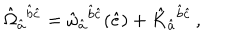
\hat { \Omega } _ { \hat { a } } { } ^ { \hat { b } \hat { c } } = \hat { \omega } _ { \hat { a } } { } ^ { \hat { b } \hat { c } } ( \hat { e } ) + \hat { K } _ { \hat { a } } { } ^ { \hat { b } \hat { c } } \, ,